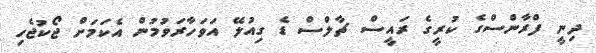
ދިނީ ފްރާންސްގެ ކުރީގެ ރައީސް ޗާލްސް ޑެ ގިއުލޭ އަވަހާރަވުމުން އެކަމަށް ޖޯކުޖެހި